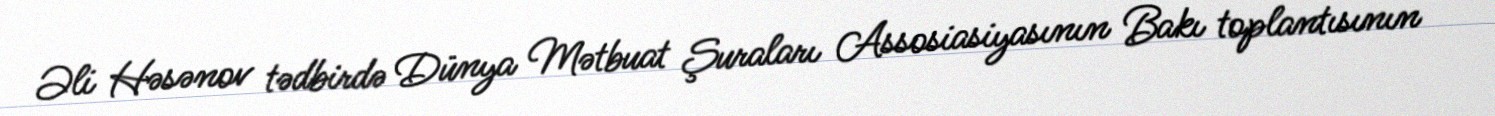
Əli Həsənov tədbirdə Dünya Mətbuat Şuraları Assosiasiyasının Bakı toplantısının